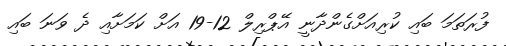
ފުރަތަމަ ބައި ކުރިއަށްގެންދާނީ އޭޕްރިލް 12-19 އަށް ކަމަށާއި ދެ ވަނަ ބައި